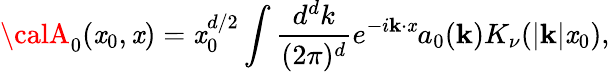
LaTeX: {\calA}_{0}(\mathit{x}_{0},{\mathbf{\mathit{x}}})=\mathit{x}_{0}^{d/2}\int{\frac{{d^{d}k}}{{(2\pi)^{d}}}}e^{-i{\mathbf{k}}\cdot{\mathbf{\mathit{x}}}}a_{0}({\mathbf{k}})K_{\nu}(|{\mathbf{k}}|\mathit{x}_{0}),